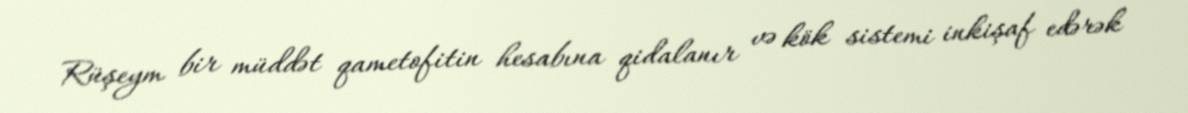
Rüşeym bir müddət qametofitin hesabına qidalanır və kök sistemi inkişaf edərək